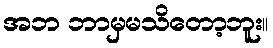
အဘ ဘာမှမသိတော့ဘူး။